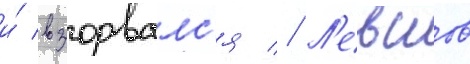
и́ взорвалс'я // Л'евшов